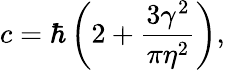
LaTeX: c=\hbar\left(2+\frac{3\gamma^{2}}{\pi\eta^{2}}\right),